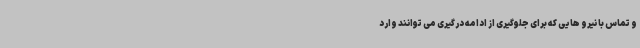
و تماس با نیرو هایی که برای جلوگیری از ادامه درگیری می توانند وارد